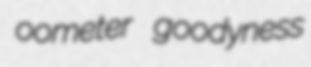
oometer goodyness